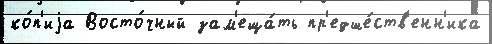
ко́п'иjа Восто́чный зам'еща́ть пр'едше́ств'енн'ика